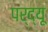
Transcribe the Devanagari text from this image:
पर्द्यू